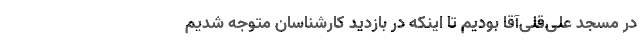
در مسجد علی‌قلی‌آقا بودیم تا اینکه در بازدید کارشناسان متوجه شدیم